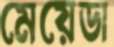
মেয়েডা